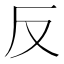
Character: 反